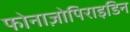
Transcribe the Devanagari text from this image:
फोनाज़ोपिराइडिन